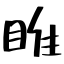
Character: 睢